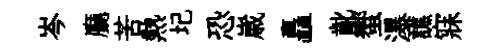
岑廳苦熱圮恐𡻕矗齔蠁瀑譙寐